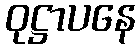
ဝုဋ္ဌာပနေ